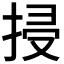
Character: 𢬶